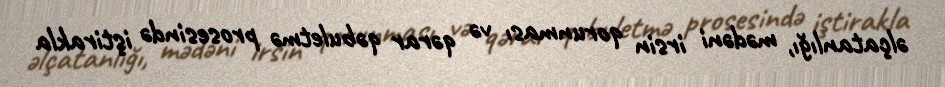
əlçatanlığı, mədəni irsin qorunması və qərar qəbuletmə prosesində iştirakla